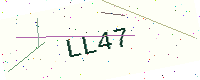
Text: LL47